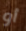
أو